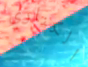
الكناري